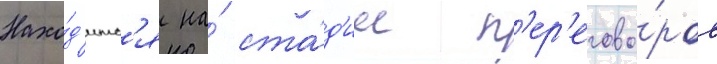
Нахо́д'итс'я на́ ста́д'ии п'ер'егово́ров